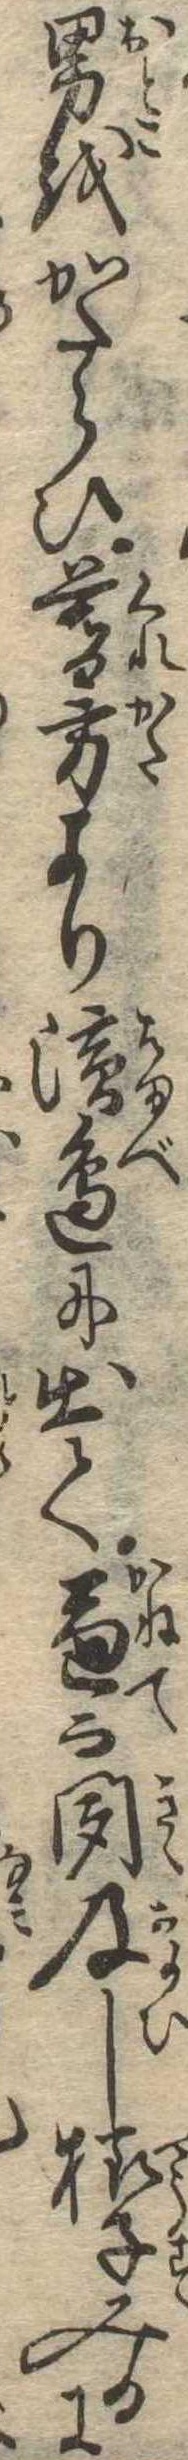
男をかたらひ暮方より浜辺に出て兼而聞及し様子みるに